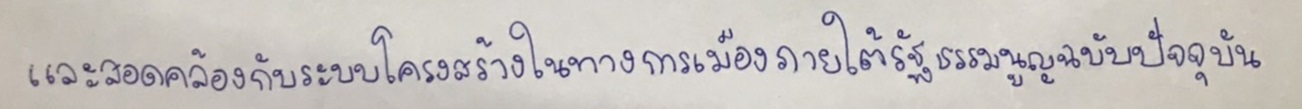
และสอดคล้องกับระบบโครงสร้างในทางการเมืองภายใต้รัฐธรรมนูญฉบับปัจจุบัน